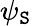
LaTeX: \psi_{\mathtt{S}}